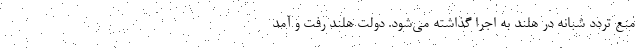
منع تردد شبانه در هلند به اجرا گذاشته می‌شود. دولت هلند رفت و آمد